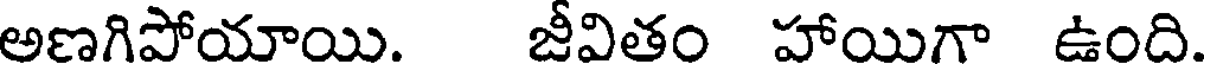
అణగిపోయాయి. జీవితం హాయిగా ఉంది.